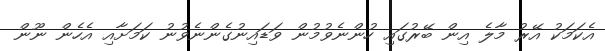
އެކަމަކު އޭރު މާލެ އިން ބޭރުގައި ހުންނެވުމުން ވަޑައިނުގެންނެވުނު ކަމަށާއި އެހެން ނޫން